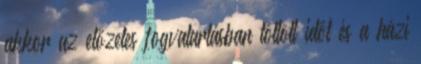
akkor az előzetes fogvatartásban töltött időt és a házi